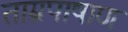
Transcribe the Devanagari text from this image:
ताम्रपाषाण